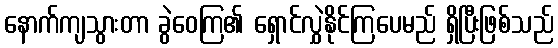
နောက်ကျသွားတာ ခွဲဝေကြ၏ ရှောင်လွှဲနိုင်ကြပေမည် ရှိပြီးဖြစ်သည်